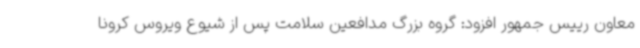
معاون رییس جمهور افزود: گروه بزرگ مدافعین سلامت پس از شیوع ویروس کرونا